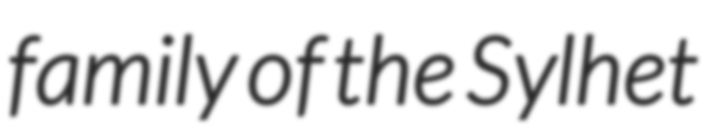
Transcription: family of the Sylhet